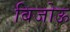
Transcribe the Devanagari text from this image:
बिजोऊ